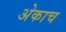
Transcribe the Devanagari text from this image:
अेकाच